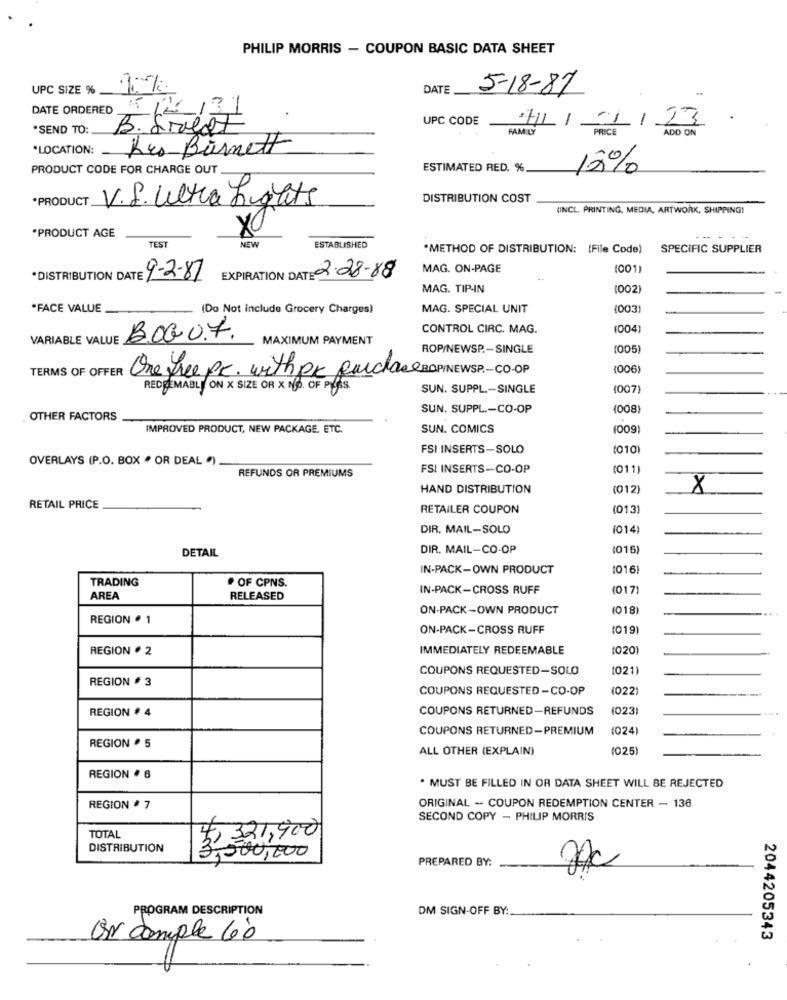
PHILIP MORRIS - COUPON BASIC DATA SHEET
UPC SIZE %
DATE
5-18-87
DATE ORDERED
UPC CODE
H//1/23
*SEND TO:
B. Sweet
FAMILY
PRICE
ADD ON
*LOCATION: Les Barnett
PRODUCT CODE FOR CHARGE OUT
ESTIMATED RED. %
12%
*PRODUCT
V.S. Ultra Lights
DISTRIBUTION COST
(INCL PRINTING, MEDIA, ARTWORK, SHIPPING!
*PRODUCT AGE
TEST
NEW
ESTABLISHED
"METHOD OF DISTRIBUTION: (File Code)
SPECIFIC SUPPLIER
MAG. ON-PAGE
1001
*DISTRIBUTION DATE 4-2-87
EXPIRATION DATE: 2.28-88
MAG. TIP-IN
(002)
"FACE VALUE
(Do Not include Grocery Charges)
MAG. SPECIAL UNIT
003
CONTROL CIRC. MAG.
004)
VARIABLE VALUE
B.OG 0.7.
MAXIMUM PAYMENT
ROP/NEWSP .- SINGLE
(005
TERMS OF OFFER
2 Free PC. with pk purchase BOPINEWSP .- CO-OP
1006
REDEEMABLE ON X SIZE OR X NO. OF PLASS.
SUN. SUPPL .- SINGLE
1007)
SUN. SUPPL .- CO-OP
(008)
OTHER FACTORS
IMPROVED PRODUCT, NEW PACKAGE. ETC.
SUN. COMICS
(009)
FSI INSERTS-SOLO
(0101
OVERLAYS (P.O. BOX " OR DEAL ")
REFUNDS OR PREMIUMS
FSI INSERTS-CO-OP
(011)
HAND DISTRIBUTION
(012)
X
RETAIL PRICE
RETAILER COUPON
(013)
DIR. MAIL-SOLO
1014)
DIR. MAIL-CO-OP
(016
DETAIL
IN-PACK-OWN PRODUCT
1016)
TRADING
# OF CPNS.
IN-PACK-CROSS RUFF
(017)
AREA
RELEASED
ON-PACK -OWN PRODUCT
1018
REGION . 1
ON-PACK-CROSS RUFF
(019
REGION . 2
IMMEDIATELY REDEEMABLE
1020
COUPONS REQUESTED-SOLO
1021)
REGION # 3
COUPONS REQUESTED -CO-OP
(022)
REGION # 4
COUPONS RETURNED-REFUNDS
(023)
COUPONS RETURNED-PREMIUM
(024)
REGION · 5
ALL OTHER (EXPLAIN)
(025)
REGION # 6
. MUST BE FILLED IN OR DATA SHEET WILL BE REJECTED
ORIGINAL -- COUPON REDEMPTION CENTER - 136
REGION # 7
SECOND COPY - PHILIP MORRIS
TOTAL
李2 :40
DISTRIBUTION
PREPARED BY:
PROGRAM DESCRIPTION
DM SIGN-OFF BY:
UN comple 60
2044205343